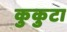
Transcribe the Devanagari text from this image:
कुकुटा